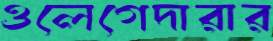
ওলেগেদারার